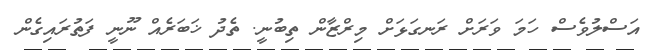
އަސްލުވެސް ހަމަ ވަރަށް ރަނގަޅަށް މިރްޒާން ތިބުނީ. ތެދު ޚަބަރެއް ނޫނީ ފަތުރައިގެން